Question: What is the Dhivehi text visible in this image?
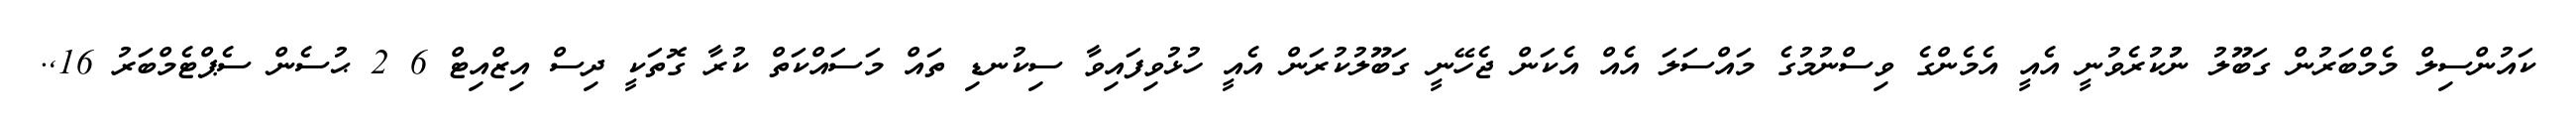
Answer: ކައުންސިލް މެމްބަރުން ގަބޫލު ނުުކުރެވުނީ އެއީ އެމެންގެ ވިސްނުމުގެ މައްސަލަ އެއް އެކަން ޖެހޭނީ ގަބޫލުކުރަން އެއީ ހުޅުވިފައިވާ ސިކުނޑި ތައް މަސައްކަތް ކުރާ ގޮތަކީ ދިސް އިޒްއިޓް 6 2 ޙުސެން ސެޕްޓެމްބަރު 16,.